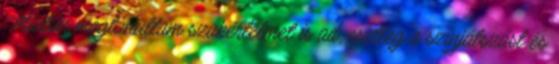
Miután megtanultam szakértelmet is ad, esetleg a színjátszást és